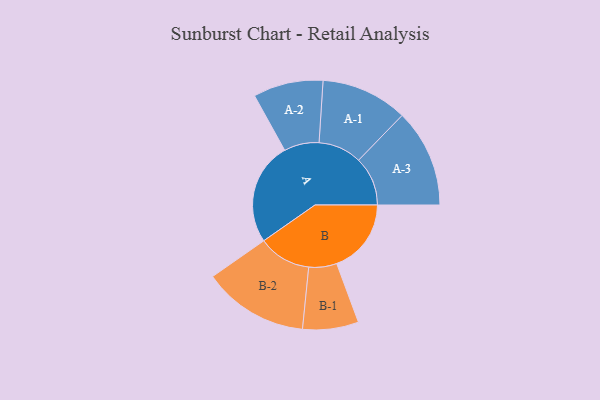
{"axis": {"x": "Segment", "y": "Value"}, "legend": ["", "A", "B"], "data": [{"x": "A", "y": 467, "type": ""}, {"x": "B", "y": 339, "type": ""}, {"x": "A-1", "y": 197, "type": "A"}, {"x": "A-2", "y": 159, "type": "A"}, {"x": "A-3", "y": 223, "type": "A"}, {"x": "B-1", "y": 127, "type": "B"}, {"x": "B-2", "y": 240, "type": "B"}]}